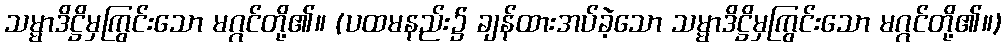
သမ္မာဒိဋ္ဌိမှကြွင်းသော မဂ္ဂင်တို့၏။ (ပထမနည်း၌ ချန်ထားအပ်ခဲ့သော သမ္မာဒိဋ္ဌိမှကြွင်းသော မဂ္ဂင်တို့၏။)